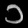
Digit: ၁